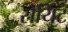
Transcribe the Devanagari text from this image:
सेयिंट